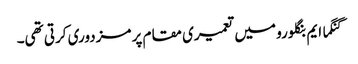
گنگما ایم بنگلورو میں تعمیری مقام پر مزدوری کرتی تھی۔